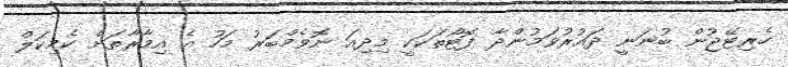
ހެރިޓޭޖުން ބުނަނީ ދައުރުވަމުންދާ ފޮޓޯތަކަކީ މިދިއަ ނޮވެމްބަރު މަހު އެ އިމާރާތަށް ކެމިކަލް